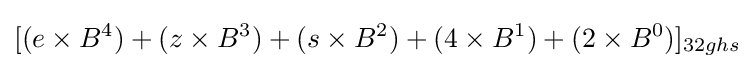
[(e\times B^{4})+(z\times B^{3})+(s\times B^{2})+(4\times B^{1})+(2\times B^{0})]_{32ghs}